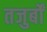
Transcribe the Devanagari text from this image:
तजुर्बों